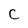
Character: C